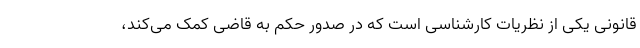
قانونی یکی از نظریات کارشناسی است که در صدور حکم به قاضی کمک می‌کند،